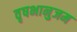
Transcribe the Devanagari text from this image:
वृषभानुजम